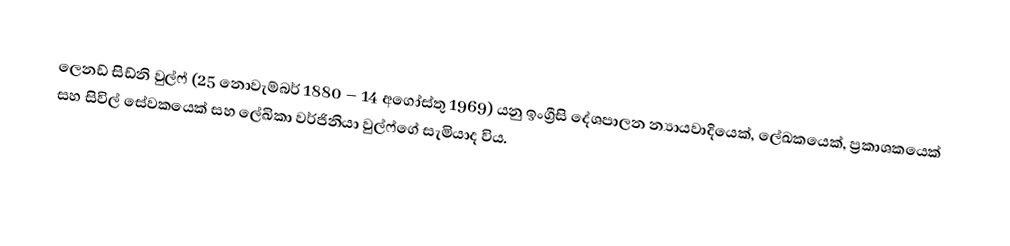
ලෙනඩ් සිඩ්නි වුල්ෆ් (25 නොවැම්බර් 1880 – 14 අගෝස්තු 1969) යනු ඉංග්‍රීසි දේශපාලන න්‍යායවාදියෙක්, ලේඛකයෙක්, ප්‍රකාශකයෙක් සහ සිවිල් සේවකයෙක් සහ ලේඛිකා වර්ජිනියා වුල්ෆ්ගේ සැමියාද විය.